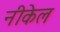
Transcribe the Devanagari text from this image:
नीकेल